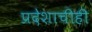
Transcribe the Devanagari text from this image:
प्रदेशाचीही